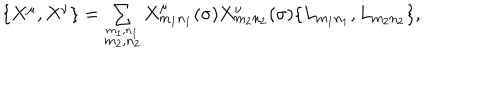
\begin{array} { l c r } { { \{ X ^ { \mu } , X ^ { \nu } \} = \sum _ { \stackrel { m _ { 1 } , n _ { 1 } } { m _ { 2 } , n _ { 2 } } } X _ { m _ { 1 } n _ { 1 } } ^ { \mu } ( \sigma ) X _ { m _ { 2 } n _ { 2 } } ^ { \nu } ( \sigma ) \{ L _ { m _ { 1 } n _ { 1 } } , L _ { m _ { 2 } n _ { 2 } } \} , } } \\ \end{array}